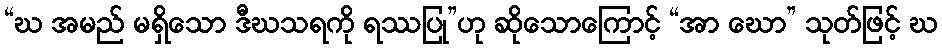
“ဃ အမည် မရှိသော ဒီဃသရကို ရဿပြု”ဟု ဆိုသောကြောင့် “အာ ဃော” သုတ်ဖြင့် ဃ